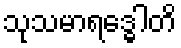
သုသမာရဒ္ဓေါတိ